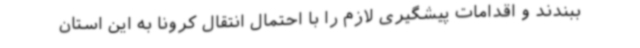
ببندند و اقدامات پیشگیری لازم را با احتمال انتقال کرونا به این استان